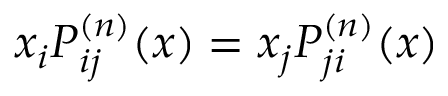
x _ { i } P _ { i j } ^ { ( n ) } ( x ) = x _ { j } P _ { j i } ^ { ( n ) } ( x )